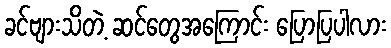
ခင်ဗျားသိတဲ့ ဆင်တွေအကြောင်း ပြောပြပါလား